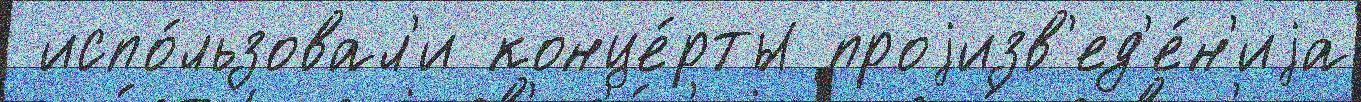
 испо́льзовал'и конце́рты проjизв'ед'е́н'иjа